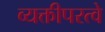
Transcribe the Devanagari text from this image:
व्यक्तीपरत्वे